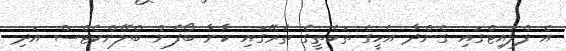
އެ ފްލައިޓްގައި ގެންދާ އެހީގެ ތަކެތީގެ ތެރޭގައި ކާނާ ބޯފެން ބްލޭންކެޓްސް އަދި